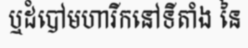
ឬដំបៅមហារីកនៅទីតាំង នៃ